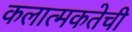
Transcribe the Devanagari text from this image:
कलात्मकतेची